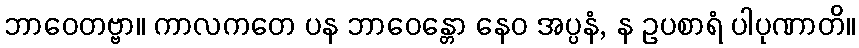
ဘာဝေတဗ္ဗာ။ ကာလကတေ ပန ဘာဝေန္တော နေဝ အပ္ပနံ, န ဥပစာရံ ပါပုဏာတိ။